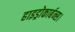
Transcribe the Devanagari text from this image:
हाइड्रोकार्बन्स।